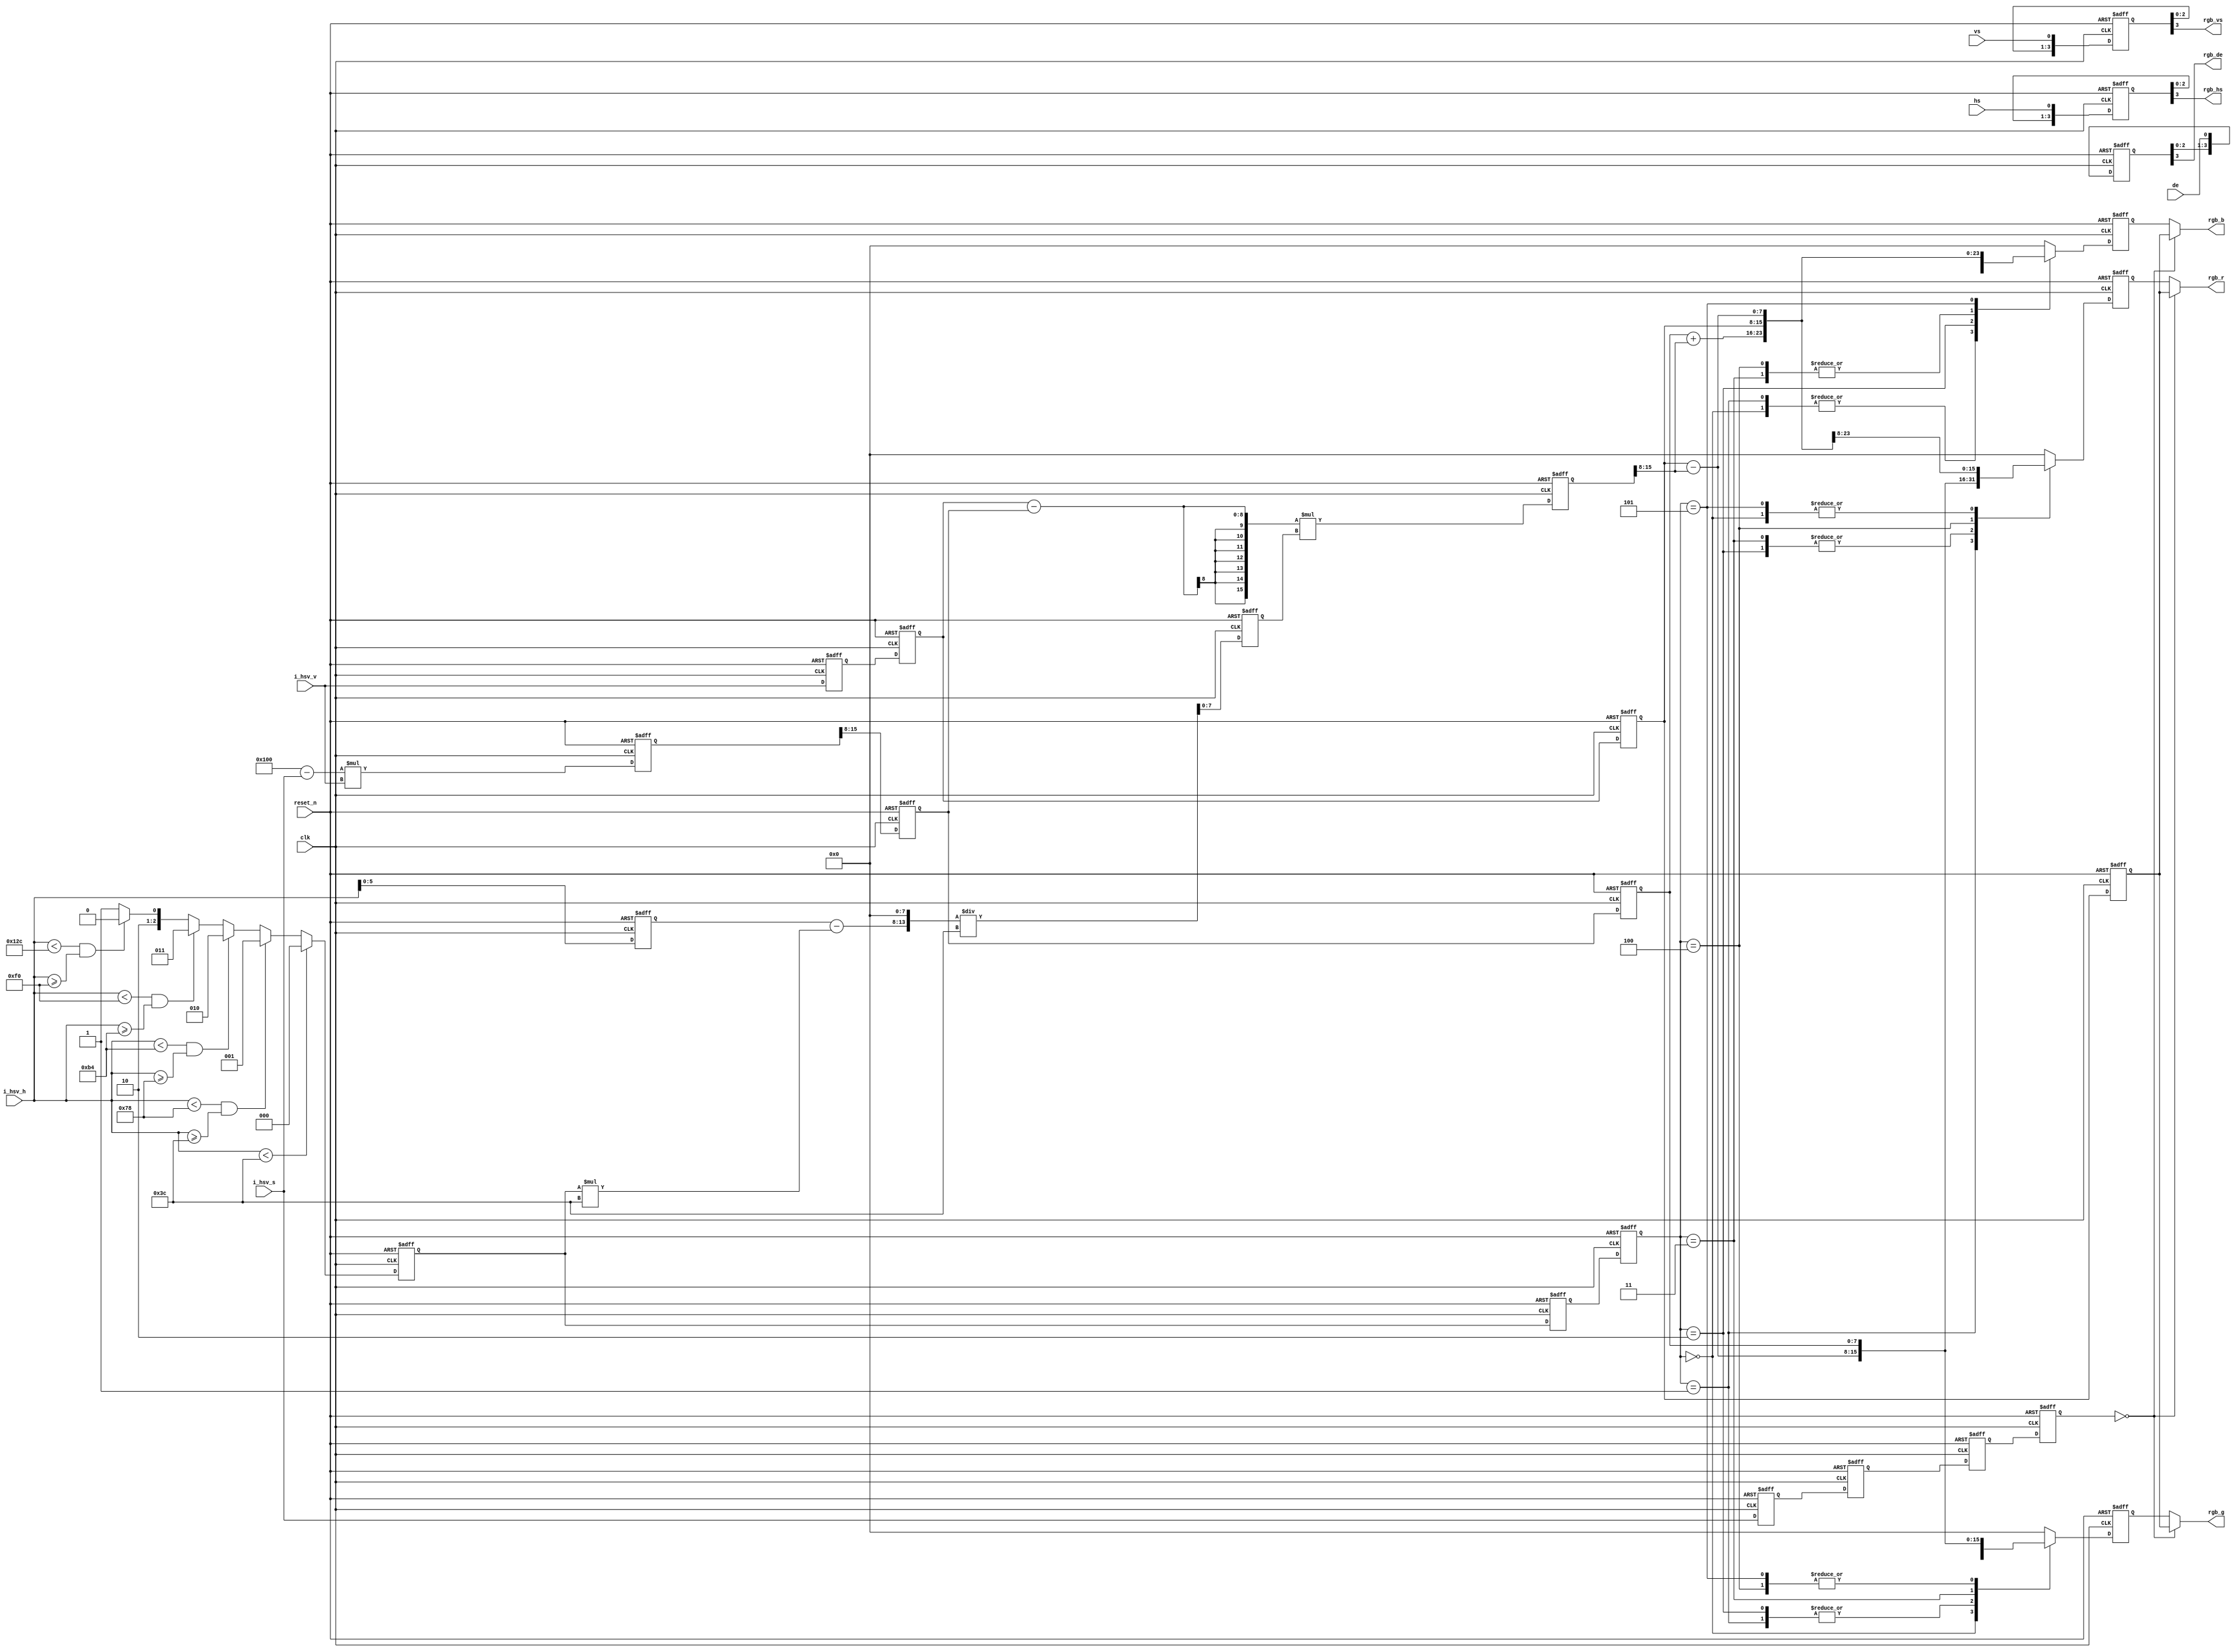
module hsv2rgb(
           input clk,
           input reset_n,
           input [8: 0]i_hsv_h,
           input [8: 0]i_hsv_s,
           input [7: 0]i_hsv_v,
           input vs,
           input hs,
           input de,
           output [7: 0]rgb_r,
           output [7: 0]rgb_g,
           output [7: 0]rgb_b,
           output rgb_vs,
           output rgb_hs,
           output rgb_de
       );


reg [7: 0]i_hsv_v_r1;
reg [7: 0]i_hsv_v_r2;
reg [7: 0]i_hsv_v_r3;
reg [7: 0]i_hsv_v_r4;
reg [8: 0]i_hsv_h_r;
reg [8: 0]i_hsv_s_r1;
reg [8: 0]i_hsv_s_r2;
reg [8: 0]i_hsv_s_r3;
reg [8: 0]i_hsv_s_r4;

wire [8: 0]temp;
assign temp = 9'd256 - i_hsv_s;

reg [16: 0] p; //p=V-V*S,256
reg [7: 0] p2;
reg [7: 0]p3;
reg [2: 0]I; //H/60
reg [2: 0]I2;
reg [2: 0]I3;
wire [5: 0]f; //H/60
assign f = i_hsv_h_r - I * 60;
reg [15: 0]f_60;

reg [15: 0]adjust;



always@(posedge clk or negedge reset_n) begin
    if (!reset_n) begin
        i_hsv_v_r1 <= 0;
        i_hsv_v_r2 <= 0;
        i_hsv_v_r3 <= 0;
        i_hsv_v_r4 <= 0;
    end
    else begin
        i_hsv_v_r1 <= i_hsv_v;
        i_hsv_v_r2 <= i_hsv_v_r1;
        i_hsv_v_r3 <= i_hsv_v_r2;
        i_hsv_v_r4 <= i_hsv_v_r3;
    end
end

always@(posedge clk or negedge reset_n) begin
    if (!reset_n)
        i_hsv_h_r <= 0;
    else
        i_hsv_h_r <= i_hsv_h;
end

always@(posedge clk or negedge reset_n) begin
    if (!reset_n) begin
        i_hsv_s_r1 <= 0;
        i_hsv_s_r2 <= 0;
        i_hsv_s_r3 <= 0;
        i_hsv_s_r4 <= 0;
    end
    else begin
        i_hsv_s_r1 <= i_hsv_s;
        i_hsv_s_r2 <= i_hsv_s_r1;
        i_hsv_s_r3 <= i_hsv_s_r2;
        i_hsv_s_r4 <= i_hsv_s_r3;
    end
end

always@(posedge clk or negedge reset_n) begin
    if (!reset_n) begin
        p <= 0;
        p2 <= 0;
        p3 <= 0;
    end
    else begin
        p <= temp * i_hsv_v;
        p2 <= p[15: 8];
        p3 <= p2;
    end
end

always@(posedge clk or negedge reset_n) begin
    if (!reset_n)
        I <= 0;
    else if (i_hsv_h < 60)
        I <= 0;
    else if ((i_hsv_h < 120) && (i_hsv_h >= 60))
        I <= 1;
    else if ((i_hsv_h < 180) && (i_hsv_h >= 120))
        I <= 2;
    else if ((i_hsv_h < 240) && (i_hsv_h >= 180))
        I <= 3;
    else if ((i_hsv_h < 300) && (i_hsv_h >= 240))
        I <= 4;
    else
        I <= 5;
end

always@(posedge clk or negedge reset_n) begin
    if (!reset_n) begin
        I2 <= 0;
        I3 <= 0;
    end
    else begin
        I2 <= I;
        I3 <= I2;
    end
end


always@(posedge clk or negedge reset_n) begin
    if (!reset_n)
        f_60 <= 0;
    else
        f_60 <= {f, 8'b0} / 60;
end

always@(posedge clk or negedge reset_n) begin
    if (!reset_n)
        adjust <= 0;
    else
        adjust <= (i_hsv_v_r2 - p2) * f_60[7: 0];
end


/**************************************/
reg [7: 0]rgb_r_r;
reg [7: 0]rgb_g_r;
reg [7: 0]rgb_b_r;

reg [3: 0]vs_delay;
reg [3: 0]hs_delay;
reg [3: 0]de_delay;

always@(posedge clk or negedge reset_n) begin
    if (!reset_n) begin
        rgb_r_r <= 0;
        rgb_g_r <= 0;
        rgb_b_r <= 0;
    end
    else
    case (I3)
        0: begin
            rgb_r_r <= i_hsv_v_r3;
            rgb_g_r <= p3 + adjust[15: 8];
            rgb_b_r <= p3;
        end

        1: begin
            rgb_r_r <= i_hsv_v_r3 - adjust[15: 8];
            rgb_g_r <= i_hsv_v_r3;
            rgb_b_r <= p3;
        end

        2: begin
            rgb_r_r <= p3;
            rgb_g_r <= i_hsv_v_r3;
            rgb_b_r <= p3 + adjust[15: 8];
        end

        3: begin
            rgb_r_r <= p3;
            rgb_g_r <= i_hsv_v_r3 - adjust[15: 8];
            rgb_b_r <= i_hsv_v_r3;
        end

        4: begin
            rgb_r_r <= p3 + adjust[15: 8];
            rgb_g_r <= p3;
            rgb_b_r <= i_hsv_v_r3;
        end

        5: begin
            rgb_r_r <= i_hsv_v_r3;
            rgb_g_r <= p3;
            rgb_b_r <= i_hsv_v_r3 - adjust[15: 8];
        end

        default: begin
            rgb_r_r <= 0;
            rgb_g_r <= 0;
            rgb_b_r <= 0;
        end
    endcase
end

always@(posedge clk or negedge reset_n) begin
    if (!reset_n) begin
        vs_delay <= 0;
        hs_delay <= 0;
        de_delay <= 0;
    end
    else begin
        vs_delay <= {vs_delay[2: 0], vs};
        hs_delay <= {hs_delay[2: 0], hs};
        de_delay <= {de_delay[2: 0], de};
    end
end

assign rgb_r = (i_hsv_s_r4 == 0) ? i_hsv_v_r4 : rgb_r_r;
assign rgb_g = (i_hsv_s_r4 == 0) ? i_hsv_v_r4 : rgb_g_r;
assign rgb_b = (i_hsv_s_r4 == 0) ? i_hsv_v_r4 : rgb_b_r;

assign rgb_vs = vs_delay[3];
assign rgb_hs = hs_delay[3];
assign rgb_de = de_delay[3];

endmodule